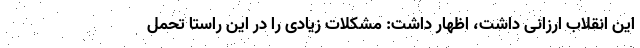
این انقلاب ارزانی داشت، اظهار داشت: مشکلات زیادی را در این راستا تحمل